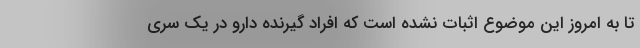
تا به امروز این موضوع اثبات نشده است که افراد گیرنده دارو در یک سری